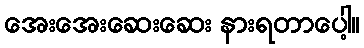
အေးအေးဆေးဆေး နားရတာပေါ့။